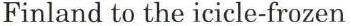
Finland to the icicle-frozen